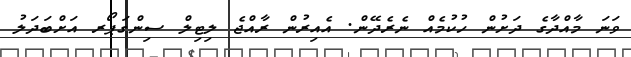
ވަނަ މާއްދާގެ ދަށުން ހުކުމެއް ނެރެދޭން. އެއިރުން ރާއްޖެ ލިޓިލް ސިންގަޕޯރ އަށްބަދަލު